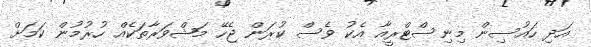
އަދި ހައުސިން މިނިސްޓްރީއާ އެކު ވެސް ކުރަން ޖެހޭ މަޝްވަރާތަކެއް ހުރުމުން ކަމަށް